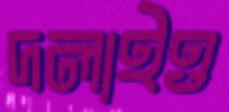
দলাইও